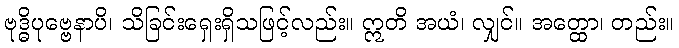
ဗုဒ္ဓိပုဗ္ဗေနာပိ၊ သိခြင်းရှေးရှိသဖြင့်လည်း။ ဣတိ အယံ၊ လျှင်။ အတ္ထော၊ တည်း။